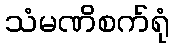
သံမဏိစက်ရုံ